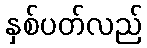
နှစ်ပတ်လည်